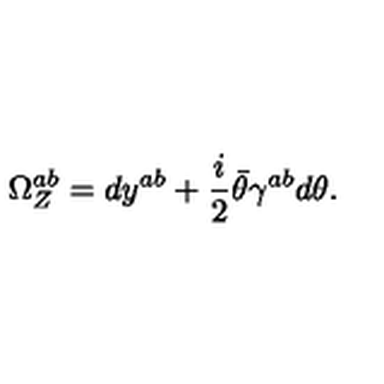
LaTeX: \Omega _ { Z } ^ { a b } = d y ^ { a b } + { \frac { i } { 2 } } \bar { \theta } \gamma ^ { a b } d \theta .